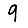
Digit: 9